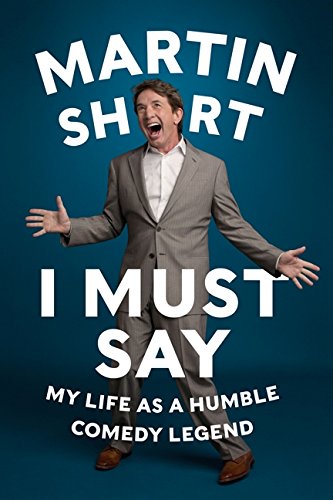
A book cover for I Must Say: My Life As a Humble Comedy Legend; Martin Short; Biographies & Memoirs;